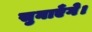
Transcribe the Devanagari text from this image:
सुनाएँगे।